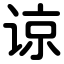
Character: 谅